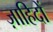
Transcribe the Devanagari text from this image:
ज़ाहिदों